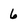
Character: 6